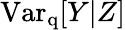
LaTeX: \mathrm{Var_{q}}[Y|Z]